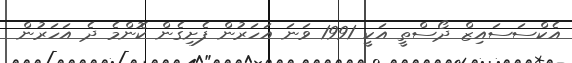
އެކްސަސައިޒް ދޯސްތީ އަކީ 1991 ވަނަ އަހަރުން ފެށިގެން ކޮންމެ ދެ އަހަރުން